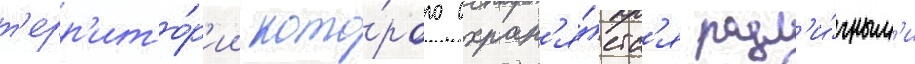
т'ерр'ито́р'ии кото́рого охран'я́етс'я разл'и́чным'и